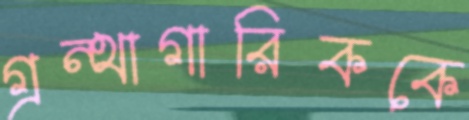
গ্রন্থাগারিককে